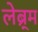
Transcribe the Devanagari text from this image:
लेब्र्म